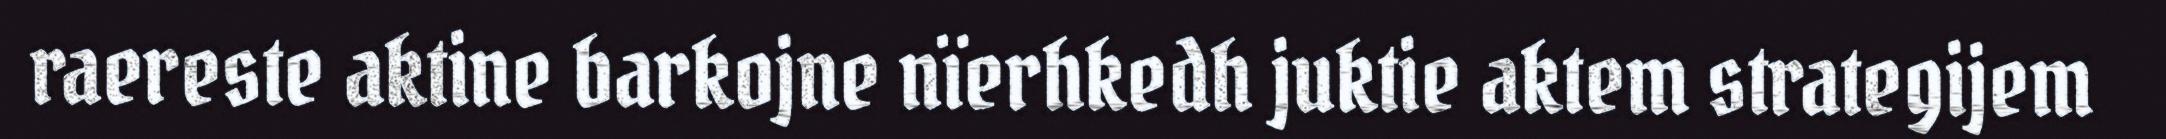
raereste aktine barkojne nïerhkedh juktie aktem strategijem